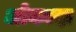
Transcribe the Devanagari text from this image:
ओकादा